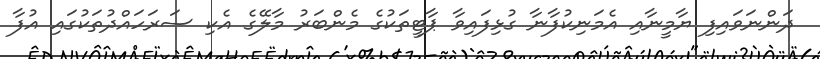
ދަންނަވައިފި ޔާމީނާއި އެމަނިކުފާނާ ގުޅިފައިވާ ޕާޓީތަކުގެ މެންބަރު މާލޭގެ އެކި ސަރަހައްދުތަކުގައި އުފާ